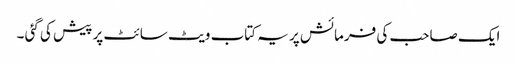
ایک صاحب کی فرمائش پر یہ کتاب ویٹ سائٹ پر پیش کی گئی ۔